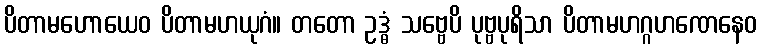
ပိတာမဟောယေဝ ပိတာမဟယုဂံ။ တတော ဥဒ္ဓံ သဗ္ဗေပိ ပုဗ္ဗပုရိသာ ပိတာမဟဂ္ဂဟဏေနေဝ